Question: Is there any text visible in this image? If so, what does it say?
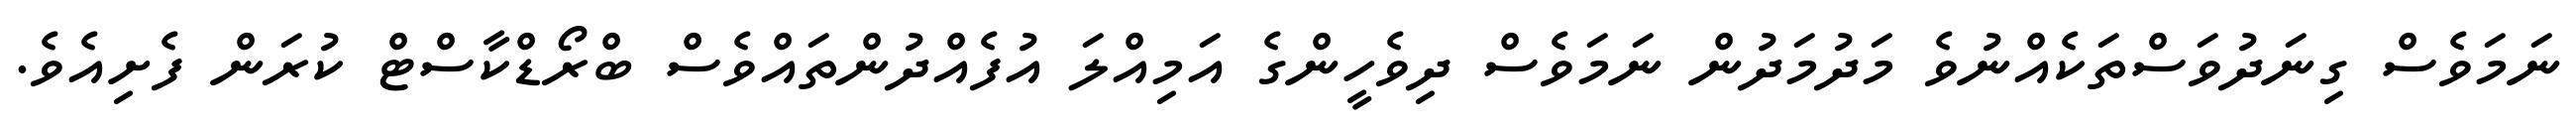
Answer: ނަމަވެސް ގިނަދުވަސްތަކެއްނުވެ މަދުމަދުން ނަމަވެސް ދިވެހީންގެ އަމިއްލަ އުފެއްދުންތައްވެސް ބްރޯޑްކާސްޓް ކުރަން ފެށިއެވެ.